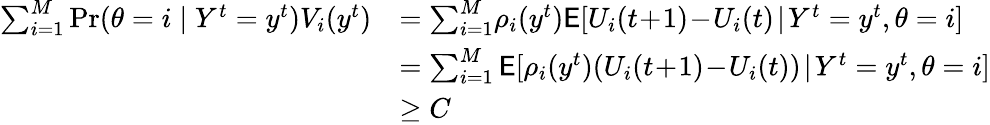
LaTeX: \begin{array}{rl}{\sum_{i=1}^{M}\operatorname*{Pr}(\theta=i\mid Y^{t}=y^{t})V_{i}(y^{t})}&{=\sum_{i=1}^{M}\! \rho_{i}(y^{t})\mathsf{E}[U_{i}(t\! +\! 1)\! -\! U_{i}(t)\! \mid\! Y^{t}=y^{t},\theta=i]}\\ &{=\sum_{i=1}^{M}\mathsf{E}[\rho_{i}(y^{t})(U_{i}(t\! +\! 1)\! -\! U_{i}(t))\! \mid\! Y^{t}=y^{t},\theta=i]}\\ &{\ge C}\end{array}